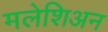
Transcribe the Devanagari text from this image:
मलेशिअन